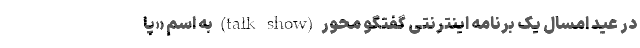
در عید امسال یک برنامه اینترنتی گفتگو محور (talk show) به اسم «پا